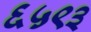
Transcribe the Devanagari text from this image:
६५९३